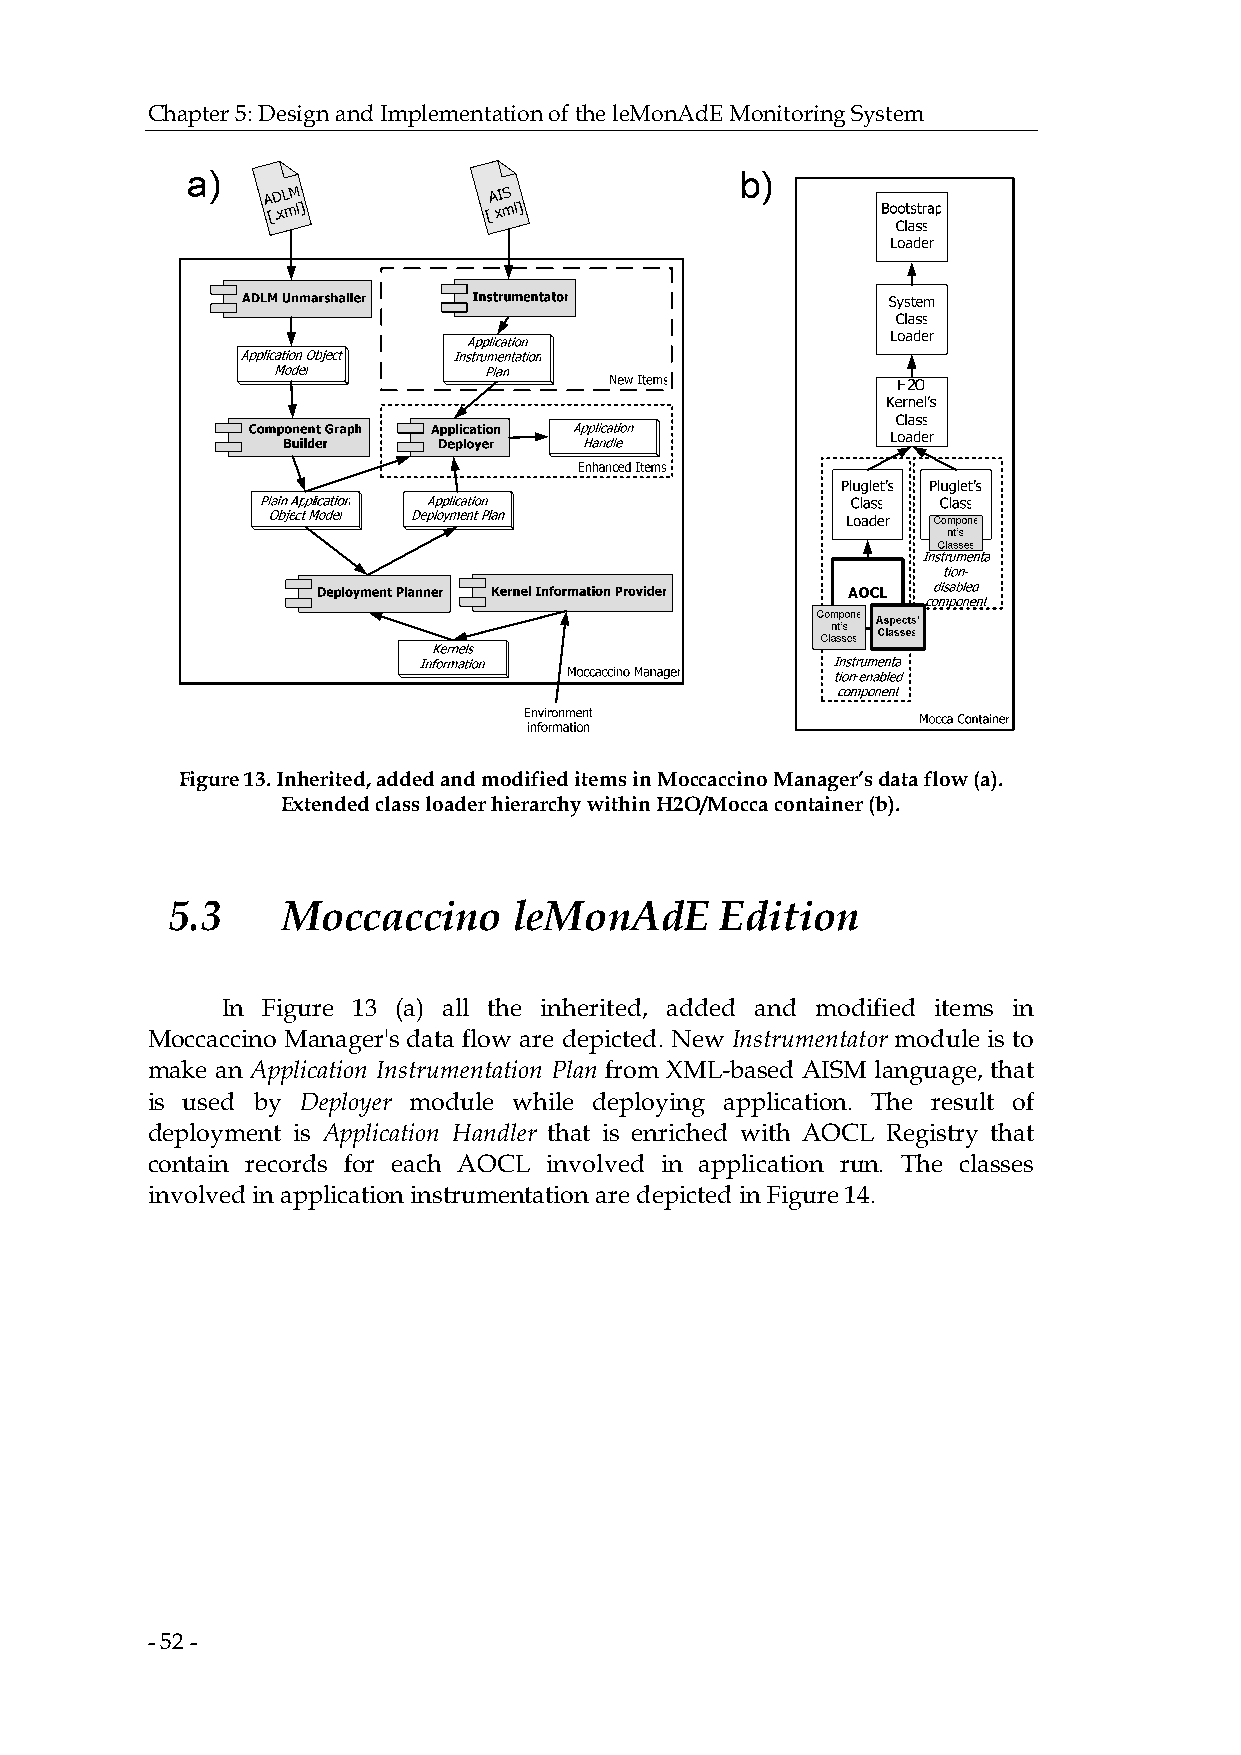
Chapter 5: Design and Implementation of the leMonAdE Monitoring System
 Figure 13. Inherited, added and modified items in Moccaccino Manager’s data flow (a).
 Extended class loader hierarchy within H2O/Mocca container (b).
 5.3     Moccaccino     leMonAdE      Edition
 In Figure 13 (a) all the inherited, added and modified items in
 Moccaccino Manager's data flow are depicted. New Instrumentator module is to
 make an Application Instrumentation Plan from XML-based AISM language, that
 is used by Deployer module while deploying application. The result of
 deployment is Application Handler that is enriched with AOCL Registry that
 contain records for each AOCL involved in application run. The classes
 involved in application instrumentation are depicted in Figure 14.
 - 52 -